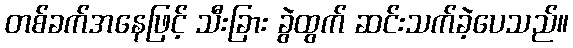
တစ်ခက်အနေဖြင့် သီးခြား ခွဲထွက် ဆင်းသက်ခဲ့ပေသည်။